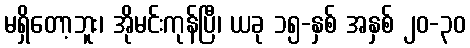
မရှိတော့ဘူး၊ အိုမင်းကုန်ပြီ၊ ယခု ၁၅-နှစ် အနှစ် ၂၀-၃၀